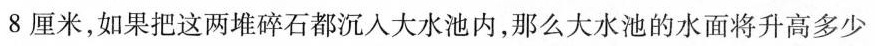
8厘米，如果把这两堆碎石都沉人大水池内，那么大水池的水面将升高多少